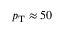
p _ { \mathrm { T } } \approx 5 0